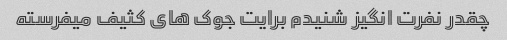
چقدر نفرت انگیز شنیدم برایت جوک های کثیف میفرسته